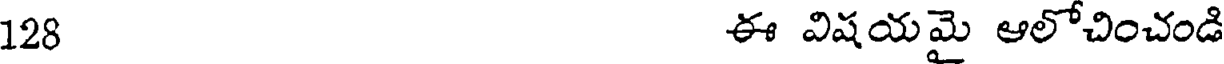
128 ఈ విషయమై ఆలోచించండి